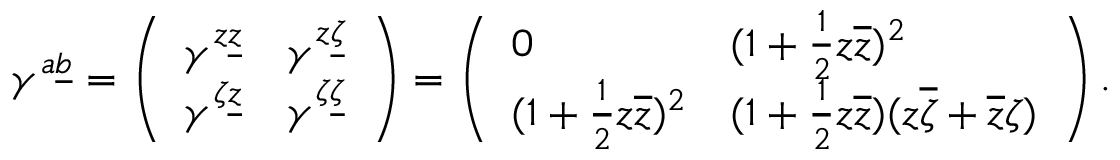
\gamma ^ { a \underline { { b } } } = \left( \begin{array} { l l } { { \gamma ^ { z \underline { { z } } } } } & { { \gamma ^ { z \underline { { \zeta } } } } } \\ { { \gamma ^ { \zeta \underline { { z } } } } } & { { \gamma ^ { \zeta \underline { { \zeta } } } } } \end{array} \right) = \left( \begin{array} { l l } { { 0 } } & { { ( 1 + { \frac { 1 } { 2 } } z \overline { { z } } ) ^ { 2 } } } \\ { { ( 1 + { \frac { 1 } { 2 } } z \overline { { z } } ) ^ { 2 } } } & { { ( 1 + { \frac { 1 } { 2 } } z \overline { { z } } ) ( z \overline { { \zeta } } + \overline { { z } } \zeta ) } } \end{array} \right) .